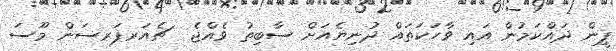
ޕީން ދައްކަމުން އައި ވާހަކަތައް ދުނިޔެއަށް ސާބިތު ވެއްޖެ  ޗެއަރޕަރސަން މޫސަ